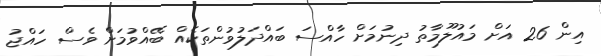
އިން 26 އަށް މައުލޫމާތު ދިނުމަށް ހާއްސަ ބައްދަލުވުންތަކެއް ބޭއްވުމަށް ވެސް ހައްޖު